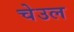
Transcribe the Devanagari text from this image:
चेउल